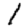
Digit: 1